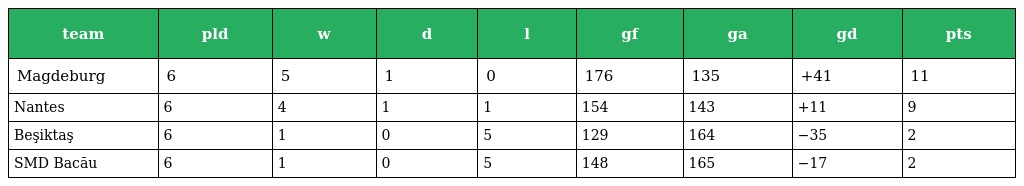
| team | pld | w | d | l | gf | ga | gd | pts |
 | --- | --- | --- | --- | --- | --- | --- | --- | --- |
 | Magdeburg | 6 | 5 | 1 | 0 | 176 | 135 | +41 | 11 |
 | Nantes | 6 | 4 | 1 | 1 | 154 | 143 | +11 | 9 |
 | Beşiktaş | 6 | 1 | 0 | 5 | 129 | 164 | −35 | 2 |
 | SMD Bacău | 6 | 1 | 0 | 5 | 148 | 165 | −17 | 2 |